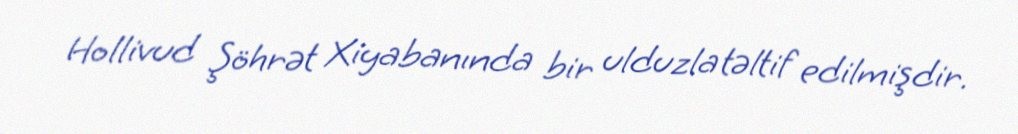
Hollivud Şöhrət Xiyabanında bir ulduzla təltif edilmişdir.